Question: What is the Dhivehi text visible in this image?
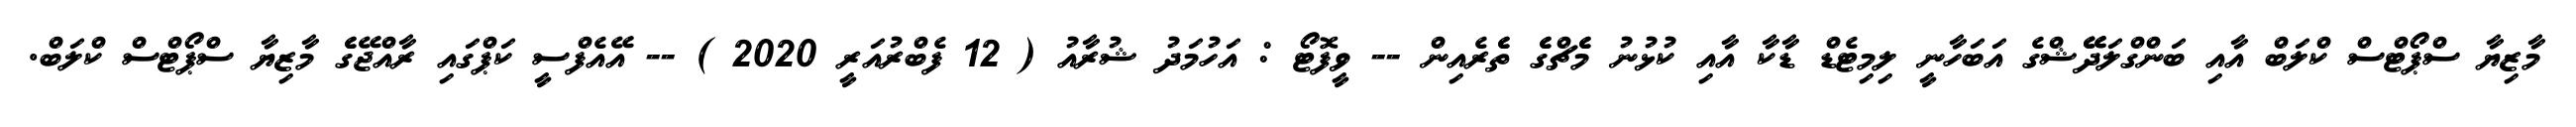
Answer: މާޒިޔާ ސްޕޯޓްސް ކްލަބް އާއި ބަންގްލަދޭޭޝްގެ އަބަހާނީ ލިމިޓެޑް ޑާކާ އާއި ކުޅުނު މެެޗްގެެ ތެެރެއިން -- ވީފޮޓޯ : އަހުމަދު ޝުރާއު ( 12 ފެބްރުއަރީ 2020 ) -- އޭއެފްސީ ކަޕްގައި ރާއްޖޭގެެ މާޒިޔާ ސްޕޯޓްސް ކްލަބް.